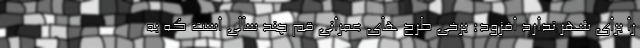
را برای شهر ندارد افزود: برخی طرح های عمرانی قم چند سالی است که به